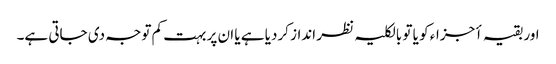
اور بقیہ أجزاء کو یا تو بالکلیہ نظر انداز کردیا ہے یا ان پر بہت کم توجہ دی جاتی ہے۔